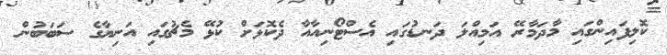
ކޮލިފައިންގައި މާދަމާރޭ އަމިއްލަ ދަނޑުގައި އެސްޓޯނިއާއާ ދެކޮޅަށް ކުޅޭ މެޗުގައި އަނިޔާގެ ސަބަބުން